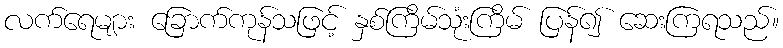
လက်ရေများ ခြောက်ကုန်သဖြင့် နှစ်ကြိမ်သုံးကြိမ် ပြန်၍ ဆေးကြရသည်။